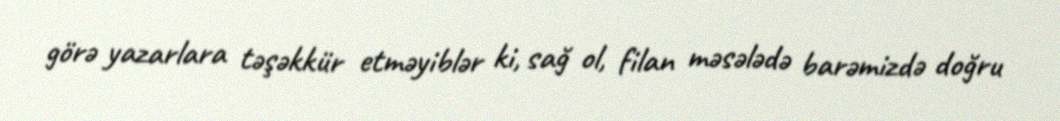
görə yazarlara təşəkkür etməyiblər ki, sağ ol, filan məsələdə barəmizdə doğru